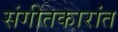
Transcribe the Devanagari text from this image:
संगीतकारांत